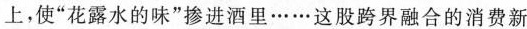
上，使”花露水的味”掺进酒里……这股跨界融合的消费新